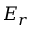
E _ { r }